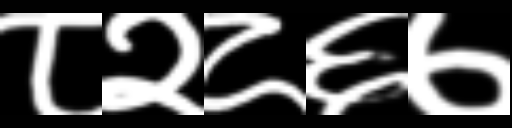
Text: ८२८६७